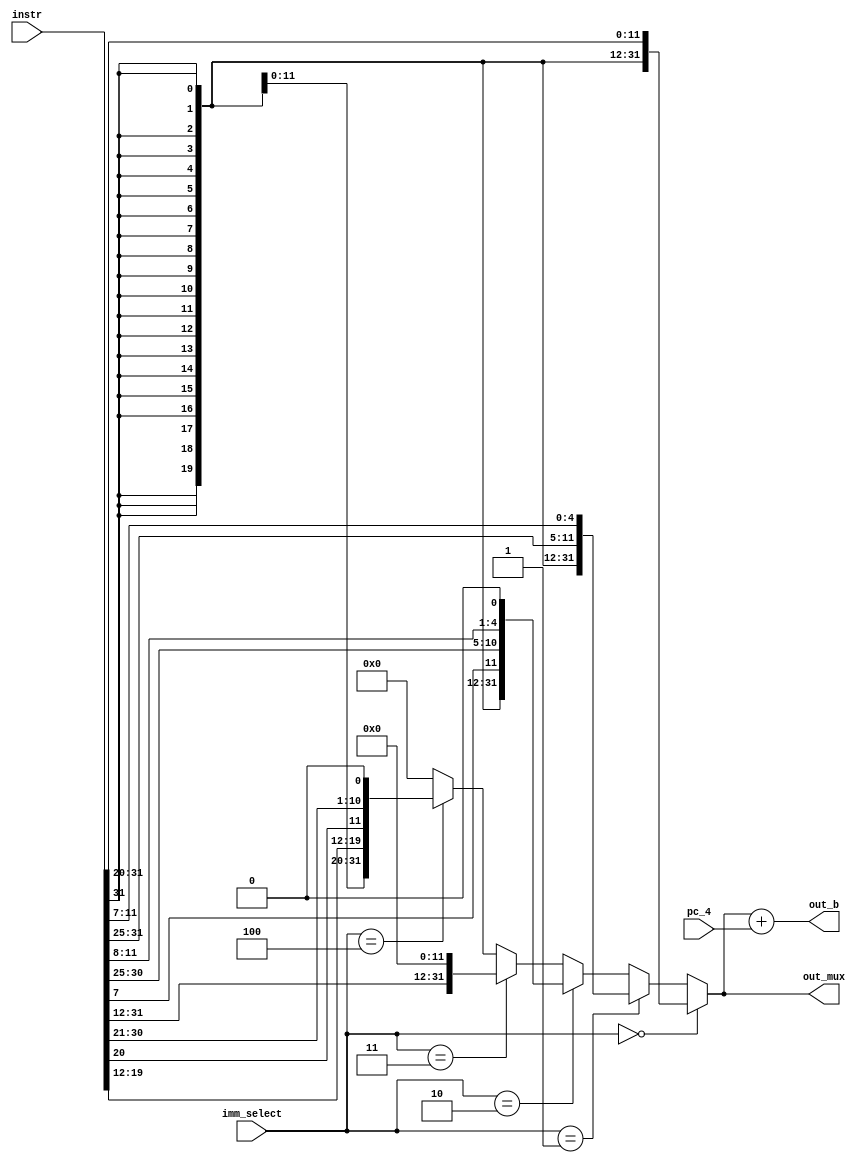
`timescale 1ns / 1ps
//////////////////////////////////////////////////////////////////////////////////
// Company: 
// Engineer: 
// 
// Design Name: 
// Module Name: sign_extension
// Project Name: 
// Target Devices: 
// Tool Versions: 
// Description: 
// 
// Dependencies: 
// 
// Revision:
// Revision 0.01 - File Created
// Additional Comments:
// 
//////////////////////////////////////////////////////////////////////////////////


module sign_extension(
     instr,
     imm_select,
     pc_4,
     out_mux,
     out_b
);
  
  input [31:0]pc_4;
  input [2:0] imm_select;

  input [31:0] instr;
  output [31:0] out_mux;
  output [31:0] out_b;
    // assign opcode = instr[6:0];

  assign opS=7'b0100011;
  assign opI=7'b0010011;
  assign opB=7'b1100011;
  assign opU=7'b0110111;
  assign opJ=7'b1101111;
  // assinging all variable

  wire [31:0] M1,M2,M3,M4,M5;

       
            // Check for opcode matches
               assign   M1 = {{21{instr[31]}} , instr[30:25], instr[24:21], instr[20]};
               assign   M2 = {{21{instr[31]}}, instr[30:25], instr[11:8], instr[7]};
              assign   M3 = {{20{instr[31]}}, instr[7], instr[30:25], instr[11:8], 1'b0};
                 assign M4 = {instr[31], instr[30:20], instr[19:12], 12'b0};
               assign  M5 = {{12{instr[31]}}, instr[19:12], instr[20], instr[30:25], instr[24:21], 1'b0};
  
    assign out_mux = (imm_select == 3'b000) ? M1 :
                (imm_select == 3'b001) ? M2 :
                (imm_select == 3'b010) ? M3 :
                (imm_select == 3'b011) ? M4 :
                (imm_select == 3'b100) ? M5 :
                32'b0; // selecting the default pin
         
    
     assign out_b=out_mux+pc_4;

endmodule